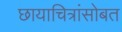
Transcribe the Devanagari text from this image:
छायाचित्रांसोबत